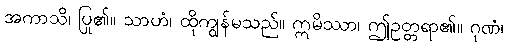
အကာသိ၊ ပြု၏။ သာဟံ၊ ထိုကျွန်မသည်။ ဣမိဿာ၊ ဤဥတ္တရာ၏။ ဂုဏံ၊